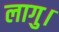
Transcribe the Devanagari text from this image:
लागु।